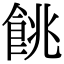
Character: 餆